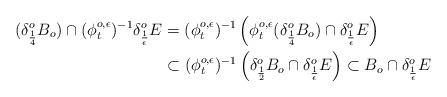
LaTeX: \begin{align*} (\delta^o_{\frac14} B_o) \cap (\phi^{o,\epsilon}_t)^{-1}\delta^o_{\frac1\epsilon}E &= (\phi^{o,\epsilon}_t)^{-1}\left( \phi^{o,\epsilon}_t(\delta^o_{\frac14} B_o) \cap \delta^o_{\frac1\epsilon}E\right) \\&\subset (\phi^{o,\epsilon}_t)^{-1}\left( \delta^o_{\frac12} B_o\cap \delta^o_{\frac1\epsilon}E\right)\subset B_o\cap \delta^o_{\frac1\epsilon}E\end{align*}